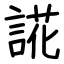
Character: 誮